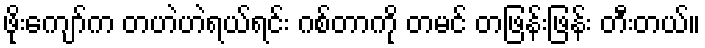
ဖိုးကျော်က တဟဲဟဲရယ်ရင်း ဂစ်တာကို တမင် တဖြန်းဖြန်း တီးတယ်။